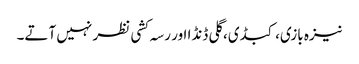
نیزہ بازی، کبڈی، گلی ڈنڈا اور رسہ کشی نظر نہیں آتے۔